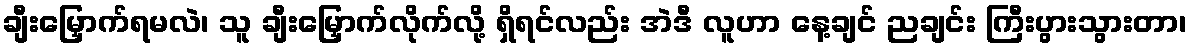
ချီးမြှောက်ရမလဲ၊ သူ ချီးမြှောက်လိုက်လို့ ရှိရင်လည်း အဲဒီ လူဟာ နေ့ချင် ညချင်း ကြီးပွားသွားတာ၊